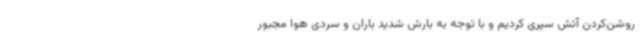
روشن‌کردن آتش سپری کردیم و با توجه به بارش شدید باران و سردی هوا مجبور